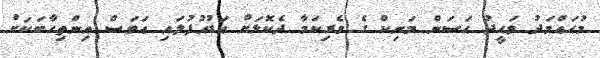
މުޙައްމަދު ވަޙީދު ޙަސަން މަނިކް ގެ ވެރިކަމާ ދެކޮޅަށް އަޑުއުފުލައި އަވަސް އިންތިހާބަކަށް